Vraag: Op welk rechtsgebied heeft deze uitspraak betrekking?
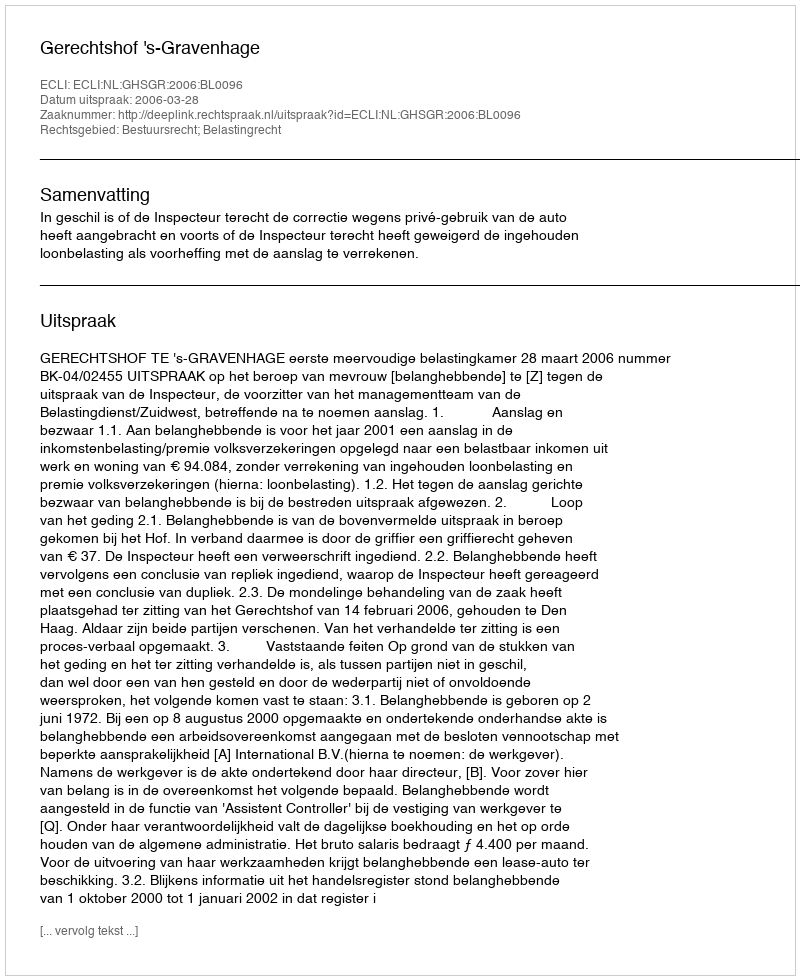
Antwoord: Bestuursrecht; Belastingrecht